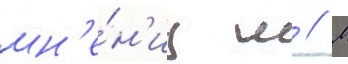
мн'е́н'иу л // М